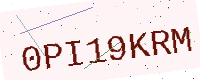
Text: 0PI19KRM